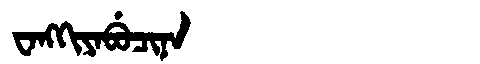
Manchu: ᠸᠠᠩᡴᡳᠶᠠᠪᡠᠴᡳᠨᠠ
Romanization: WANGKIYABUCINA